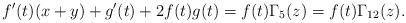
LaTeX: \begin{align*}f^{\prime}(t)(x+y)+g^{\prime}(t)+2f(t)g(t)=f(t)\Gamma_{5}(z)=f(t)\Gamma_{12}(z). \end{align*}